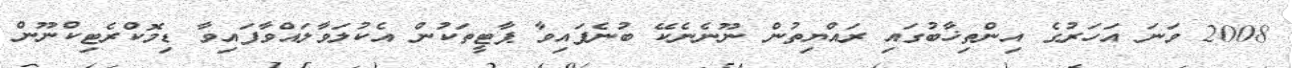
2008 ވަނަ އަހަރުގެ އިންތިޚާބުގައި ރައްޔިތުން ނޫނެނެކޭ ބުނެފައިވާ ޕާޓީތަކުން އެކުލަވާލައްވާފައިވާ ޑިމޮކްރެޓިކްނޫން